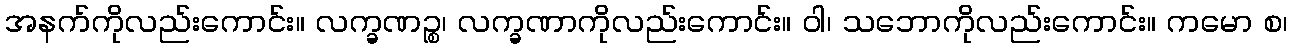
အနက်ကိုလည်းကောင်း။ လက္ခဏဉ္စ၊ လက္ခဏာကိုလည်းကောင်း။ ဝါ၊ သဘောကိုလည်းကောင်း။ ကမော စ၊